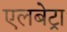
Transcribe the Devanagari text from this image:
एलबेट्रा